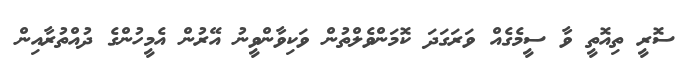
ސޮރީ ތިއޮތީ ވާ ސީމެގެއް ވަރަގަދަ ކޮމަންްވެލްތުން ވަކިވާންވީނު އޭރުން އެމީހުންގެ ދުއްތުރާއިން